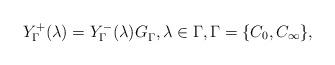
LaTeX: \begin{align*}Y^{+}_{\Gamma}(\lambda)=Y^{-}_{\Gamma}(\lambda)G_{\Gamma}^{}, \lambda \in \Gamma, \Gamma=\{C_0, C_\infty\},\end{align*}